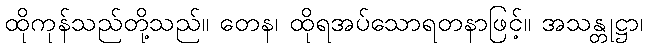
ထိုကုန်သည်တို့သည်။ တေန၊ ထိုရအပ်သောရတနာဖြင့်။ အသန္တုဋ္ဌာ၊